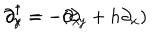
LaTeX: \partial _ { x } ^ { \dagger } = - \partial _ { x } \hspace { 2 c m } \partial _ { y } ^ { \dagger } = - ( \partial _ { y } + h \partial _ { x } )